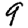
Digit: 9